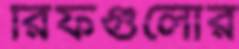
রিফগুলোর